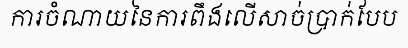
ការចំណាយនៃការពឹងលើសាច់ប្រាក់បែប